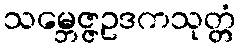
သမ္ဘေဇ္ဇဥဒကသုတ္တံ